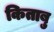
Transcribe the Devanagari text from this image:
किताबु